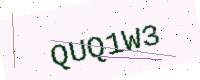
Text: QUQ1W3